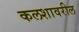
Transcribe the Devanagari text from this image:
कलशावरील